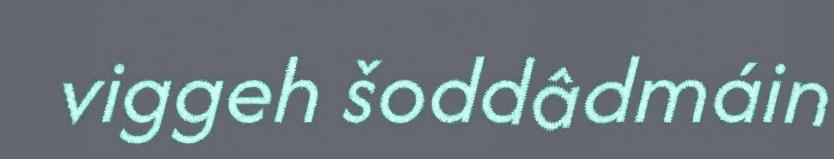
viggeh šoddâdmáin